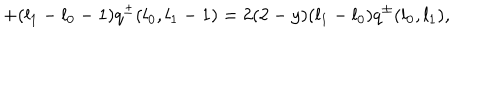
+ ( l _ { 1 } - l _ { 0 } - 1 ) q ^ { \pm } ( l _ { 0 } , l _ { 1 } - 1 ) = 2 ( 2 - y ) ( l _ { 1 } - l _ { 0 } ) q ^ { \pm } ( l _ { 0 } , l _ { 1 } ) ,